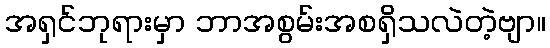
အရှင်ဘုရားမှာ ဘာအစွမ်းအစရှိသလဲတဲ့ဗျာ။